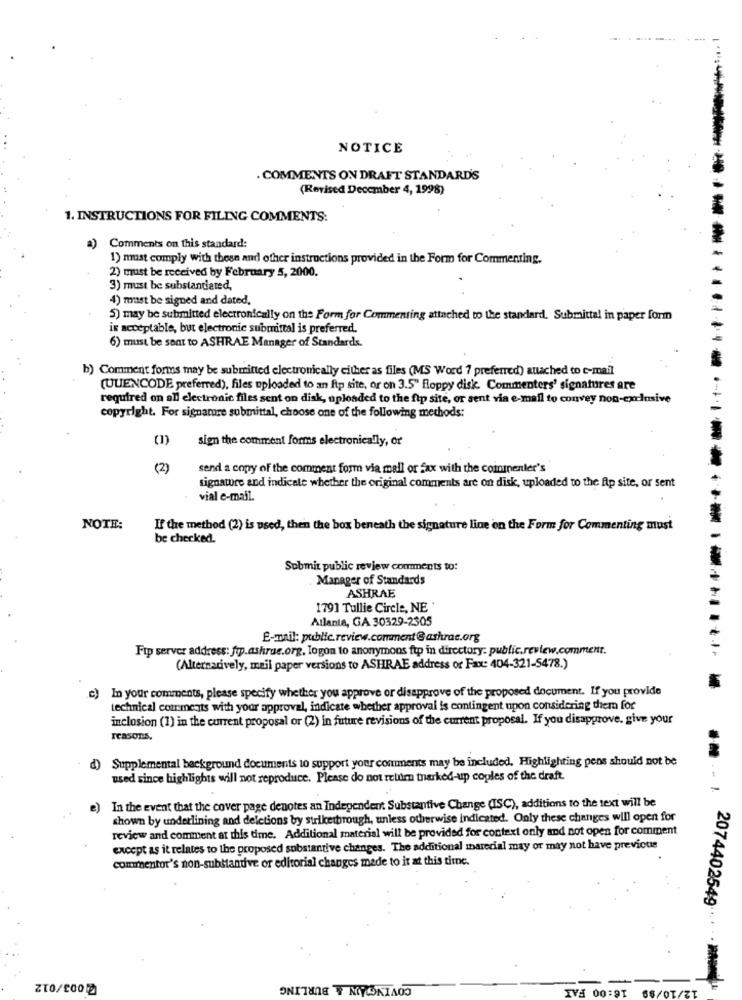
.. 1
NOTICE
. COMMENTS ON DRAFT STANDARD'S
(Revised December 4, 1998)
1. INSTRUCTIONS FOR FILING COMMENTS:
Comments on this standard:
1) must comply with these and other instructions provided in the Form for Commenting.
2) must be received by February 5, 2000.
3) must be substantiated,
4) must be signed and dated,
5) may be submitted electronically on the Form for Commenting attached to the standard. Submittal in paper form
is acceptable, but electronic submittal is preferred.
6) must be sent to ASHRAE Manager of Standards.
b) Comment forms may be submitted electronically either as files (MS Word 7 preferred) attached to e-mail
(UUENCODE preferred), files uploaded to an ftp site, or on 3.5" floppy disk. Commenters' signatures are
required on all electronic files sent on disk, uploaded to the ftp site, or sent via e-mail to convey non-exclusive
copyright. For signature submittal, choose one of the following methods:
(1)
sign the comment forms electronically, or
(2)
send a copy of the comment form via mall or fax with the coinmenler's
signature and indicate whether the original comments are on disk, uploaded to the ftp site, or sent
vial e-mail.
NOTE:
If the method (2) is used, then the box beneath the signature line on the Form for Commenting must
be checked.
Submit public review comments to:
Manager of Standards
ASHRAE
1791 Tullie Circle, NE'
Atlanta, GA 30329-2305
E-mail: public.review.comment@ashrae.org
Ftp server address: ftp.ashrue.org, logon to anonymous ftp in directory: public.review.commenr.
(Alternatively, mail paper versions to ASHRAE address or Fax: 404-321-5478.)
c) In your comments, please specify whether you approve or disapprove of the proposed document. If you provide
technical comments with your approval, indicate whether approval is contingent upon considering them for
inclusion (1) in the current proposal or (2) in future revisions of the current proposal. If you disapprove. give your
reasons.
d) Supplemental background documents to support your comments may be included, Highlighting pens should not be
used since highlights will not reproduce. Please do not return tharked-up copies of the draft.
e)
In the event that the cover page denotes an Independent Substantive Change (ISC), additions to the text will be
shown by underlining and deletions by strikerbrough, unless otherwise indicated. Only these changes will open for
review and comment at this time. Additional material will be provided for context only and not open for comment
except as it relates to the proposed substantive changes. The additional marecial may or may not have previous
commentor's non-substantive or editorial changes made to it at this time.
2074402549
COVINGAN & BURLING
210/200